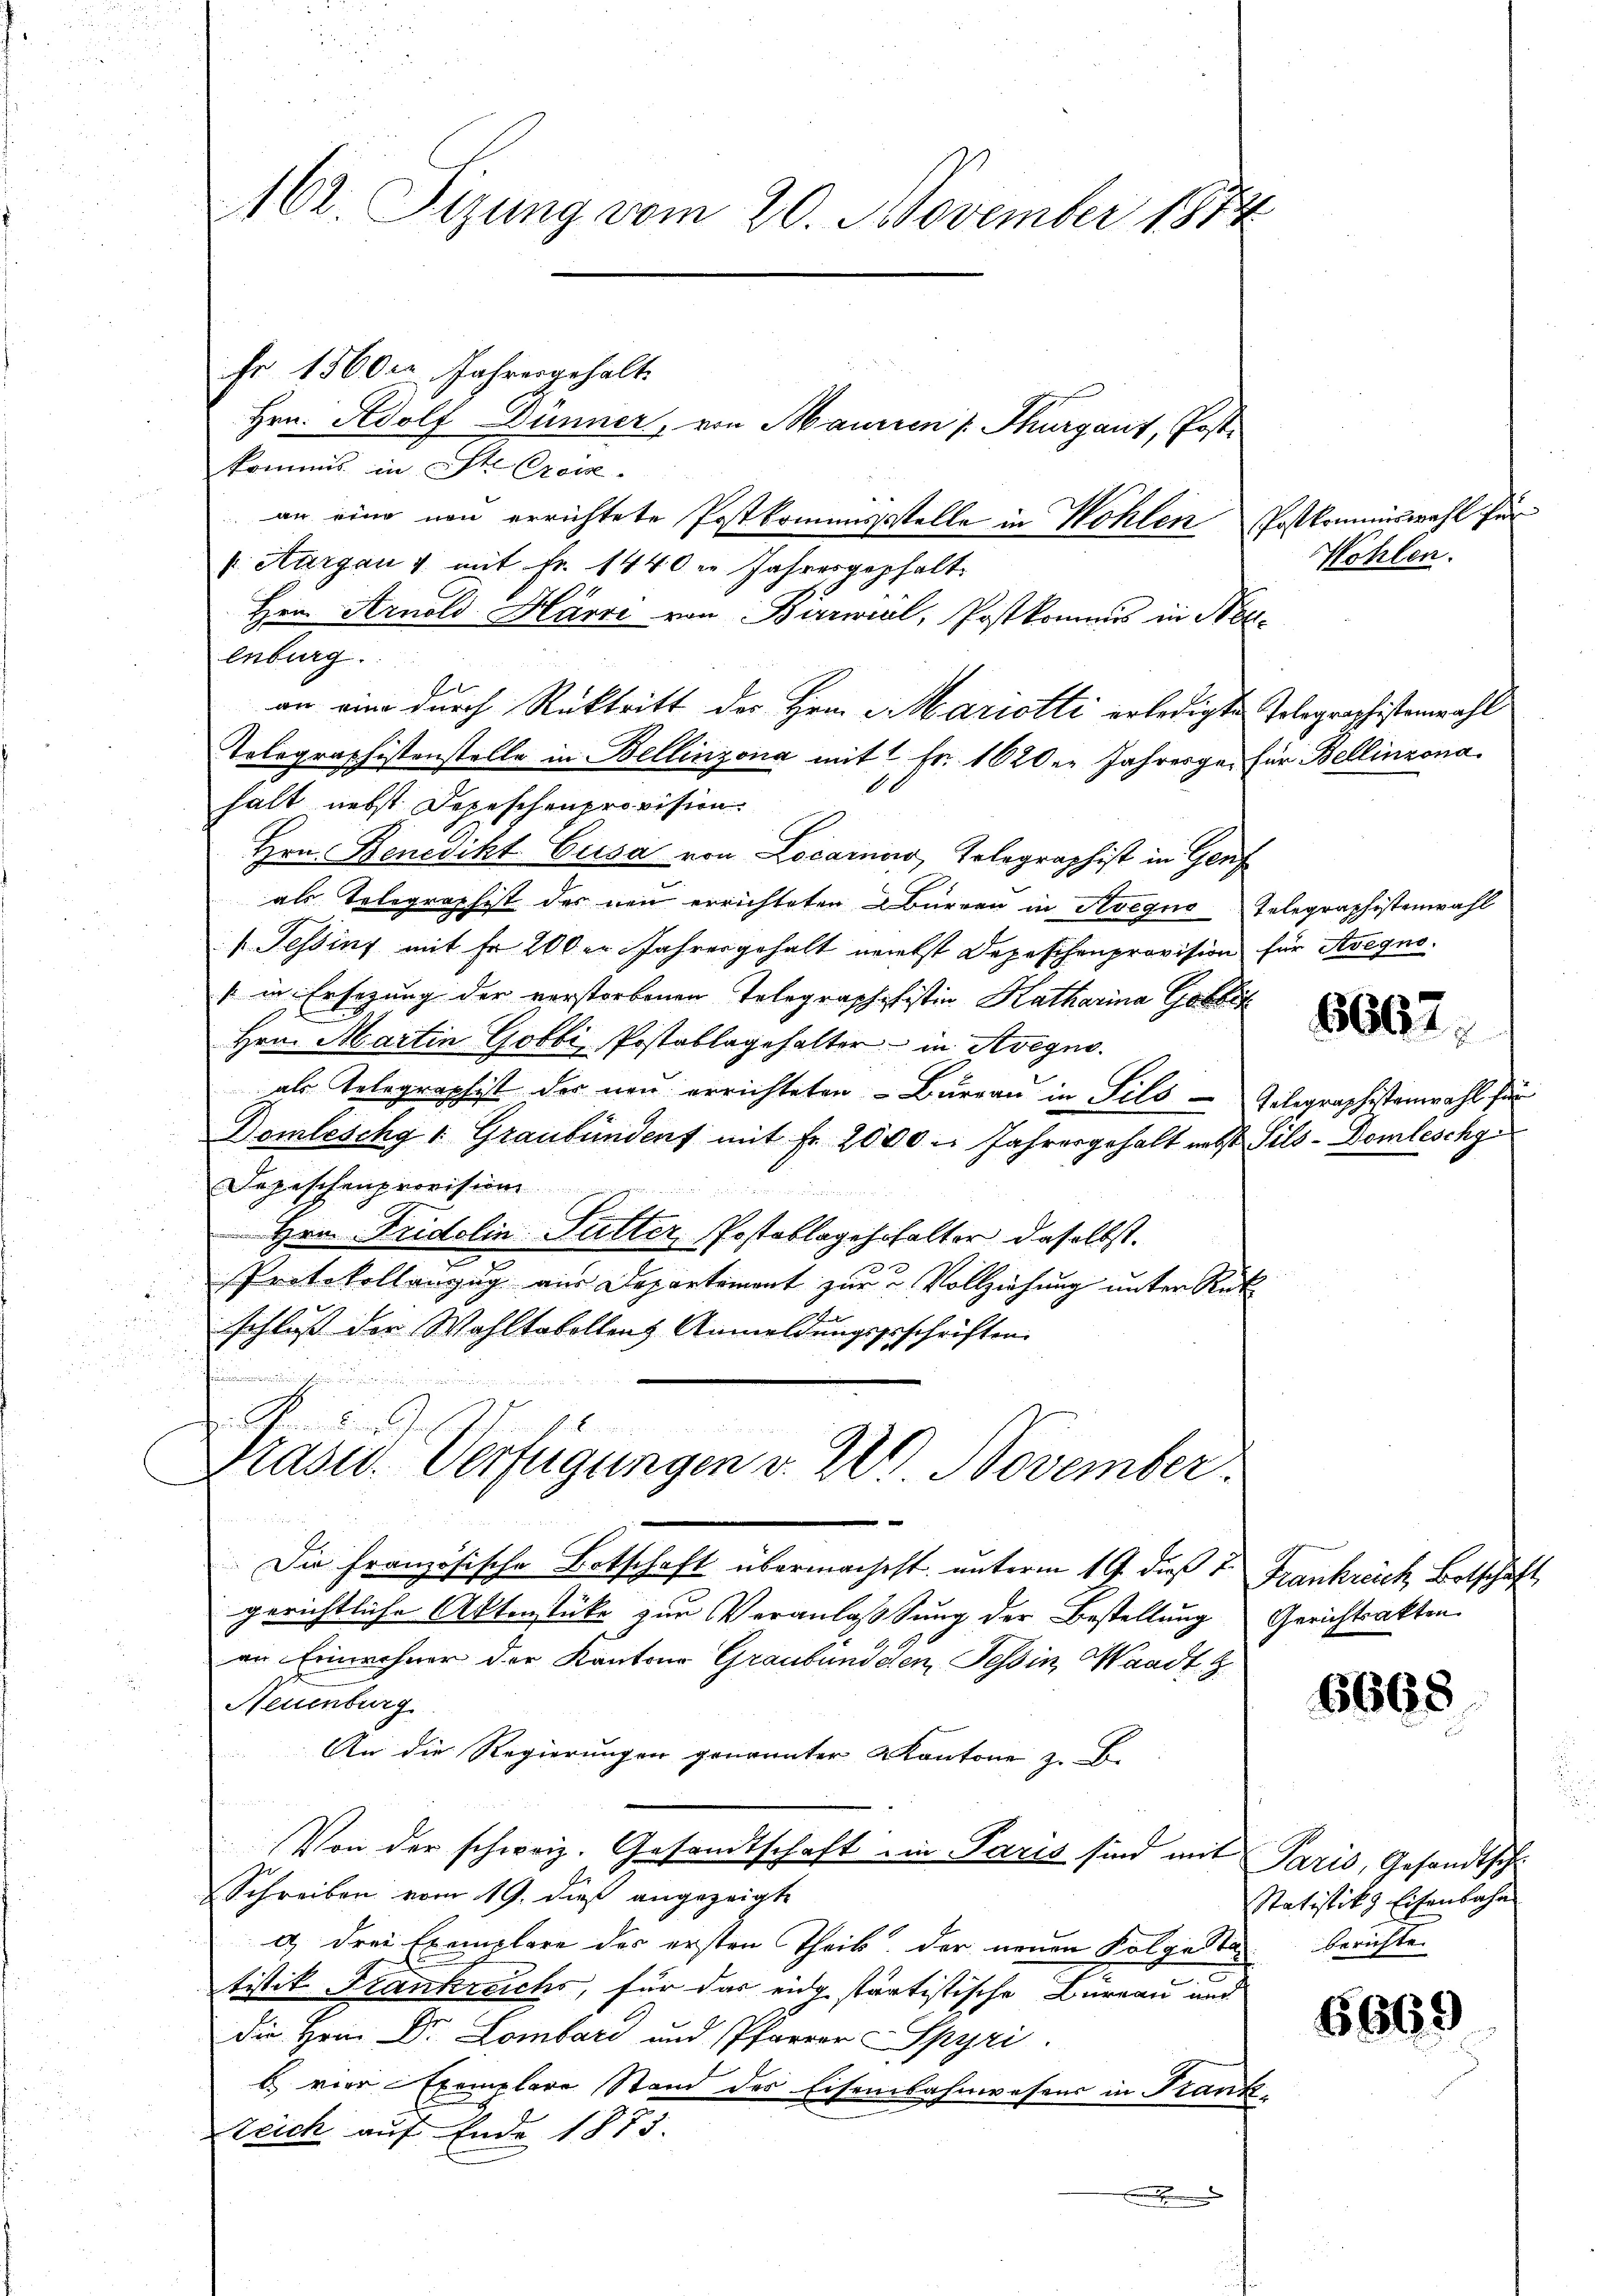
kommis in Ste Creiz
an eine neu errichtete Postkommensstelle in Kohlen
. Aargau & mit Fr. 1440 u Jahresgehalt
Hrn. Arnold Härri von Birrwil, Postkommes in Ne
enburg.
ger
an eine durch Rücktritt des Hrn. Mariotti erledigte
Tolographistenstelle in Bellinzona mit 1 Fr. 1620er Jahresge¬
10
halt nebst Depeschenprovision.
Hrn. Benedikt Cusa von Locarnos, Telegraphist in Genf
als Telegraphist des neu errichteten Bürgen in Avegno
v. Tessing mit Fr. 200 er Jahresgehalt nebst Depeschenprovision
1 in Ersezung der verstorbenen Telegraphshistin Katharina Gobbe
Hrn. Martin Gobbi, Postablagehalter in Avegno
als Telegraphist des neu errichteten Burgau in Pils
Domleschg 1 Graubünden mit Fr. 2000 - Jahresgehalt nebst
Depeschenprovision.
Hrn. Fridolin Futter, Postablagerhalter daselbst.
Protokollanzug aus Departement zur u Vollziehung unter Red
schluß der Wahltakollenz Anmeldungsgeschriften.
kämmen
A
Präsid. Verfügungen v. 2. November.
Die Französische Botschaft übermachest, unterm 19. dieß 7. Frankreich Botschäft
gerichtliche Aktenstüke zur Veranlassung der Bestellung
an Einwohner der Kantone Graubündeten, Tessin, Waadt Z
Neuenburg
An die Regierungen genannter Kantone z. B.
Von der schweiz. Gesandtschaft in Paris sind mit Paris, Gesandtsch
Schreiben vom 19. dieß angezeigte
a drei Exemplare des ersten Theils der neuen Kolgasten berichte
tistik Frankreichs, für das eidg startistische Bureau und
Die Herrn Dr. Lombard und Pfarrer Spyri
b vier Exemplare Stand der Eisenbahnwesens in Tran¬
Zeich auf Ende 1873.
.

162 Sizung vom 20. November 1874
hr 1560. Jahresgehalt
Hrn. Adolf Dünner, von Maurien /: Thurgaus, Post¬

Wohlen.

Postkommiswahl für

für Bellinzona.

Telegraphistenwahl

Telegraphistenwahl
für Avegno.

6667.

Telegraphistenwahl für
Sils-Domleschg

Gerichtsakten.

6668

6669

Statistik Eisenbahn